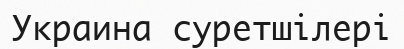
Украина суретшілері